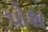
પોશ